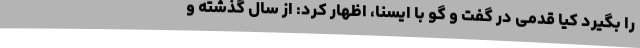
را بگیرد کیا قدمی در گفت و گو با ایسنا، اظهار کرد: از سال گذشته و